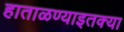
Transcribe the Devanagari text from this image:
हाताळण्याइतक्या